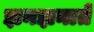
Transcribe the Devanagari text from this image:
झनझनाते